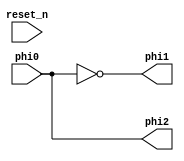
//Sam Baker
//07/2023
//6502 Clock module

`ifndef CLK
`define CLK

module clock_module(
		input phi0, reset_n,
		output phi1, phi2
		);
	
	//These clocks *should* have a slightly reduced duty cycle to avoid overlap
		assign phi2 = phi0;
		assign phi1 = ~phi0;
	
endmodule

`endif